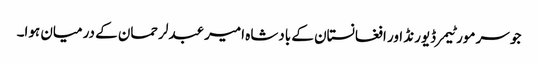
جو سر مورٹیمر ڈیورنڈ اور افغانستان کے بادشاہ امیر عبدلرحمان کے درمیان ہوا۔